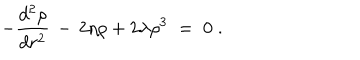
LaTeX: - \frac { d ^ { 2 } \rho } { d r ^ { 2 } } \, - \, 2 \eta \rho + 2 \lambda \rho ^ { 3 } \; = \; 0 \; .